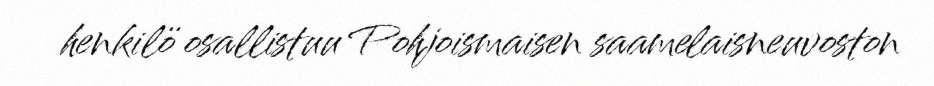
henkilö osallistuu Pohjoismaisen saamelaisneuvoston